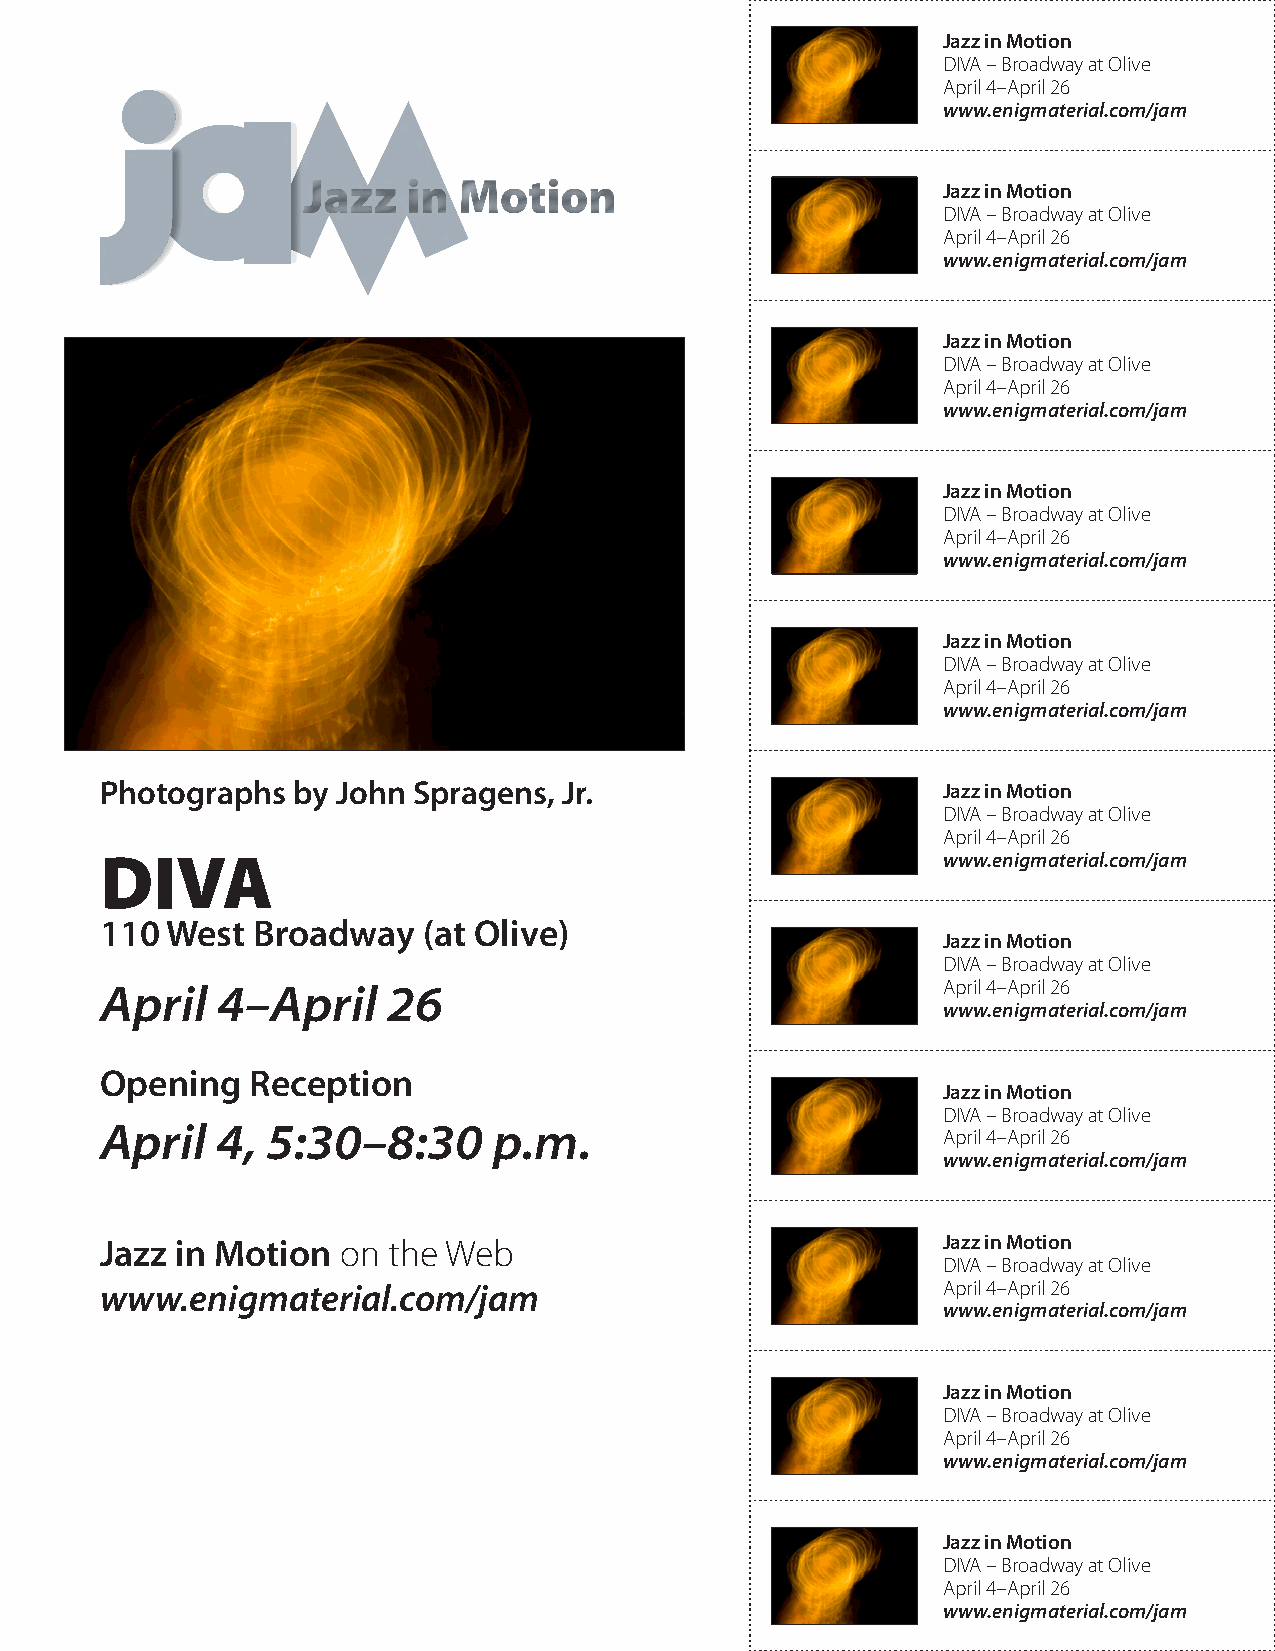
Jazz in Motion
 DIVA – Broadway at Olive
 April 4–April 26
 www.enigmaterial.com/jam
 Jazz in Motion
 DIVA – Broadway at Olive
 April 4–April 26
 www.enigmaterial.com/jam
 Jazz in Motion
 DIVA – Broadway at Olive
 April 4–April 26
 www.enigmaterial.com/jam
 Jazz in Motion
 DIVA – Broadway at Olive
 April 4–April 26
 www.enigmaterial.com/jam
 Jazz in Motion
 DIVA – Broadway at Olive
 April 4–April 26
 www.enigmaterial.com/jam
 Photographs by John Spragens, Jr.                      Jazz in Motion
 DIVA – Broadway at Olive
 April 4–April 26
 DIVA                                                   www.enigmaterial.com/jam
 110 West  Broadway   (at Olive)
 Jazz in Motion
 DIVA – Broadway at Olive
 April  4–April     26                                  April 4–April 26
 www.enigmaterial.com/jam
 Opening   Reception
 Jazz in Motion
 DIVA – Broadway at Olive
 April  4,  5:30–8:30      p.m.
 April 4–April 26
 www.enigmaterial.com/jam
 Jazz in Motion on  the Web                             Jazz in Motion
 DIVA – Broadway at Olive
 www.enigmaterial.com/jam                               April 4–April 26
 www.enigmaterial.com/jam
 Jazz in Motion
 DIVA – Broadway at Olive
 April 4–April 26
 www.enigmaterial.com/jam
 Jazz in Motion
 DIVA – Broadway at Olive
 April 4–April 26
 www.enigmaterial.com/jam